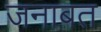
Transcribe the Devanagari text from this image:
जनाबत